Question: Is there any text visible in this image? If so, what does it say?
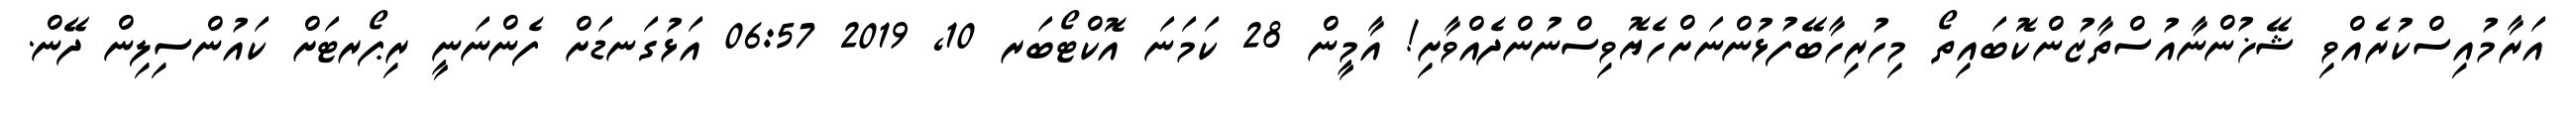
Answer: އަރާމުއިސްކުރެއްވި ޝޭޚުންނާއުސްތާޒުންކޮބައިތޯ މިހުރިހާބޭފުޅުންނަށްހެޔޮވިސްނުންދެއްވާށި! އާމީން 28 ކަމަނަ އޮކްޓޯބަރ 10, 2019 06:57 އަޅުގަނޑަށް ފެންނަނީ ރިޕޯރޓަށް ކައުންސިލިން ދޭން.